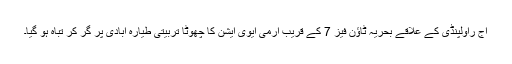
آج راولپنڈی کے علاقے بحریہ ٹاؤن فیز 7 کے قریب آرمی ایوی ایشن کا چھوٹا تربیتی طیارہ آبادی پر گر کر تباہ ہو گیا۔